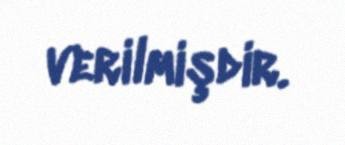
verilmişdir.